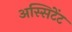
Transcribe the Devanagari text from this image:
अस्सिटेंट